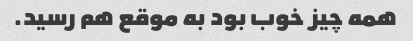
همه چیز خوب بود به موقع هم رسید.